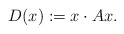
\begin{align*}D(x) := x \cdot A x. \end{align*}